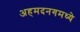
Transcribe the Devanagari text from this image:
अहमदनगमध्ये